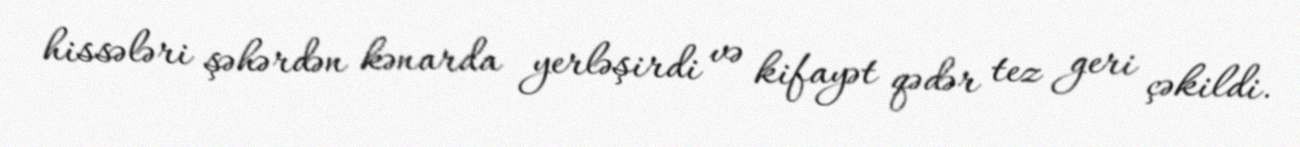
hissələri şəhərdən kənarda yerləşirdi və kifayət qədər tez geri çəkildi.